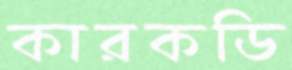
কারকডি